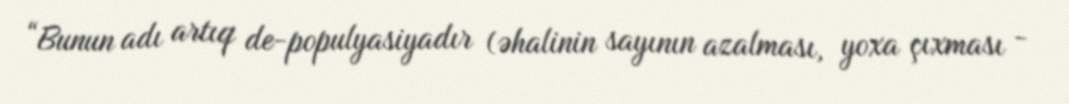
“Bunun adı artıq de-populyasiyadır (əhalinin sayının azalması, yoxa çıxması -